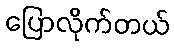
ပြောလိုက်တယ်